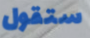
ستقول